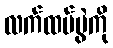
လက်ထပ်ပွဲကို